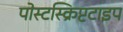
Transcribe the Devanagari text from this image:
पोस्टस्क्रिप्टटाइप